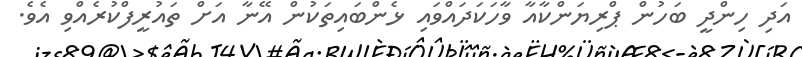
އަދި ހިންދީ ބަހުން ޕްރިޔަންކާއާ ވާހަކަދައްވައި ޅެންބައިތަކުން އޭނާ އަށް ތައުރީފްކުރެއްވި އެވެ.